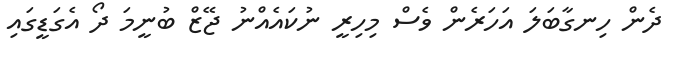
ދެން ހިނގާބަލަ އަހަރެން ވެސް މިހިރީ ނުކައެއްނު ޖޭޒް ބުނީމަ ދޯ އެގަޑީގައި